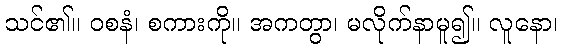
သင်၏။ ဝစနံ၊ စကားကို။ အကတွာ၊ မလိုက်နာမူ၍။ လူနော၊